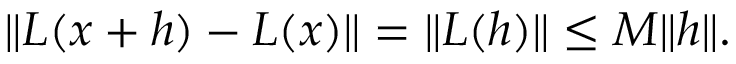
\| L ( x + h ) - L ( x ) \| = \| L ( h ) \| \leq M \| h \| .